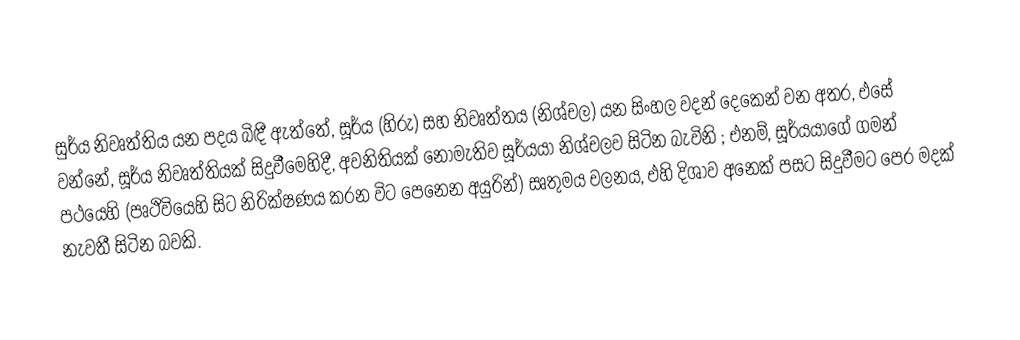
සුර්ය නිවෘත්තිය යන පදය බිඳී ඇත්තේ,  සූර්ය (හිරු) සහ නිවෘත්තය (නිශ්චල) යන සිංහල වදන් දෙකෙන් වන අතර, එසේ වන්නේ, සූර්ය නිවෘත්තියක් සිදුවීමෙහිදී, අවනිතියක් නොමැතිව සූර්යයා නිශ්චලව සිටින බැවිනි ‍; එනම්, සූර්යයාගේ ගමන් පථයෙහි (පෘථිවියෙහි සිට නිරික්ෂණය කරන විට පෙනෙන අයුරින්) සෘතුමය චලනය, එහි දිශාව අනෙක් පසට සිදුවීමට පෙර මදක් නැවතී සිටින බවකි.